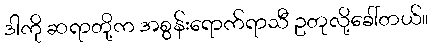
ဒါကို ဆရာတို့က အစွန်းရောက်ရာသီ ဥတုလို့ခေါ်တယ်။